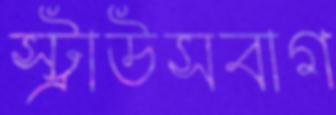
স্ট্রাউসবাগ